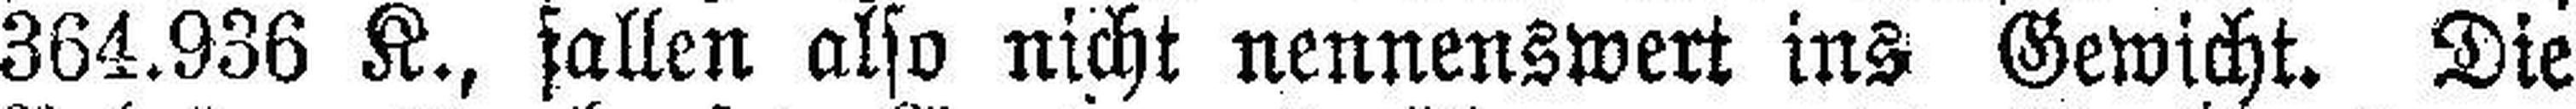
364.936 K., fallen also nicht nennenswert ins Gewicht. Die